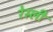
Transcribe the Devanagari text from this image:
रेस्ली